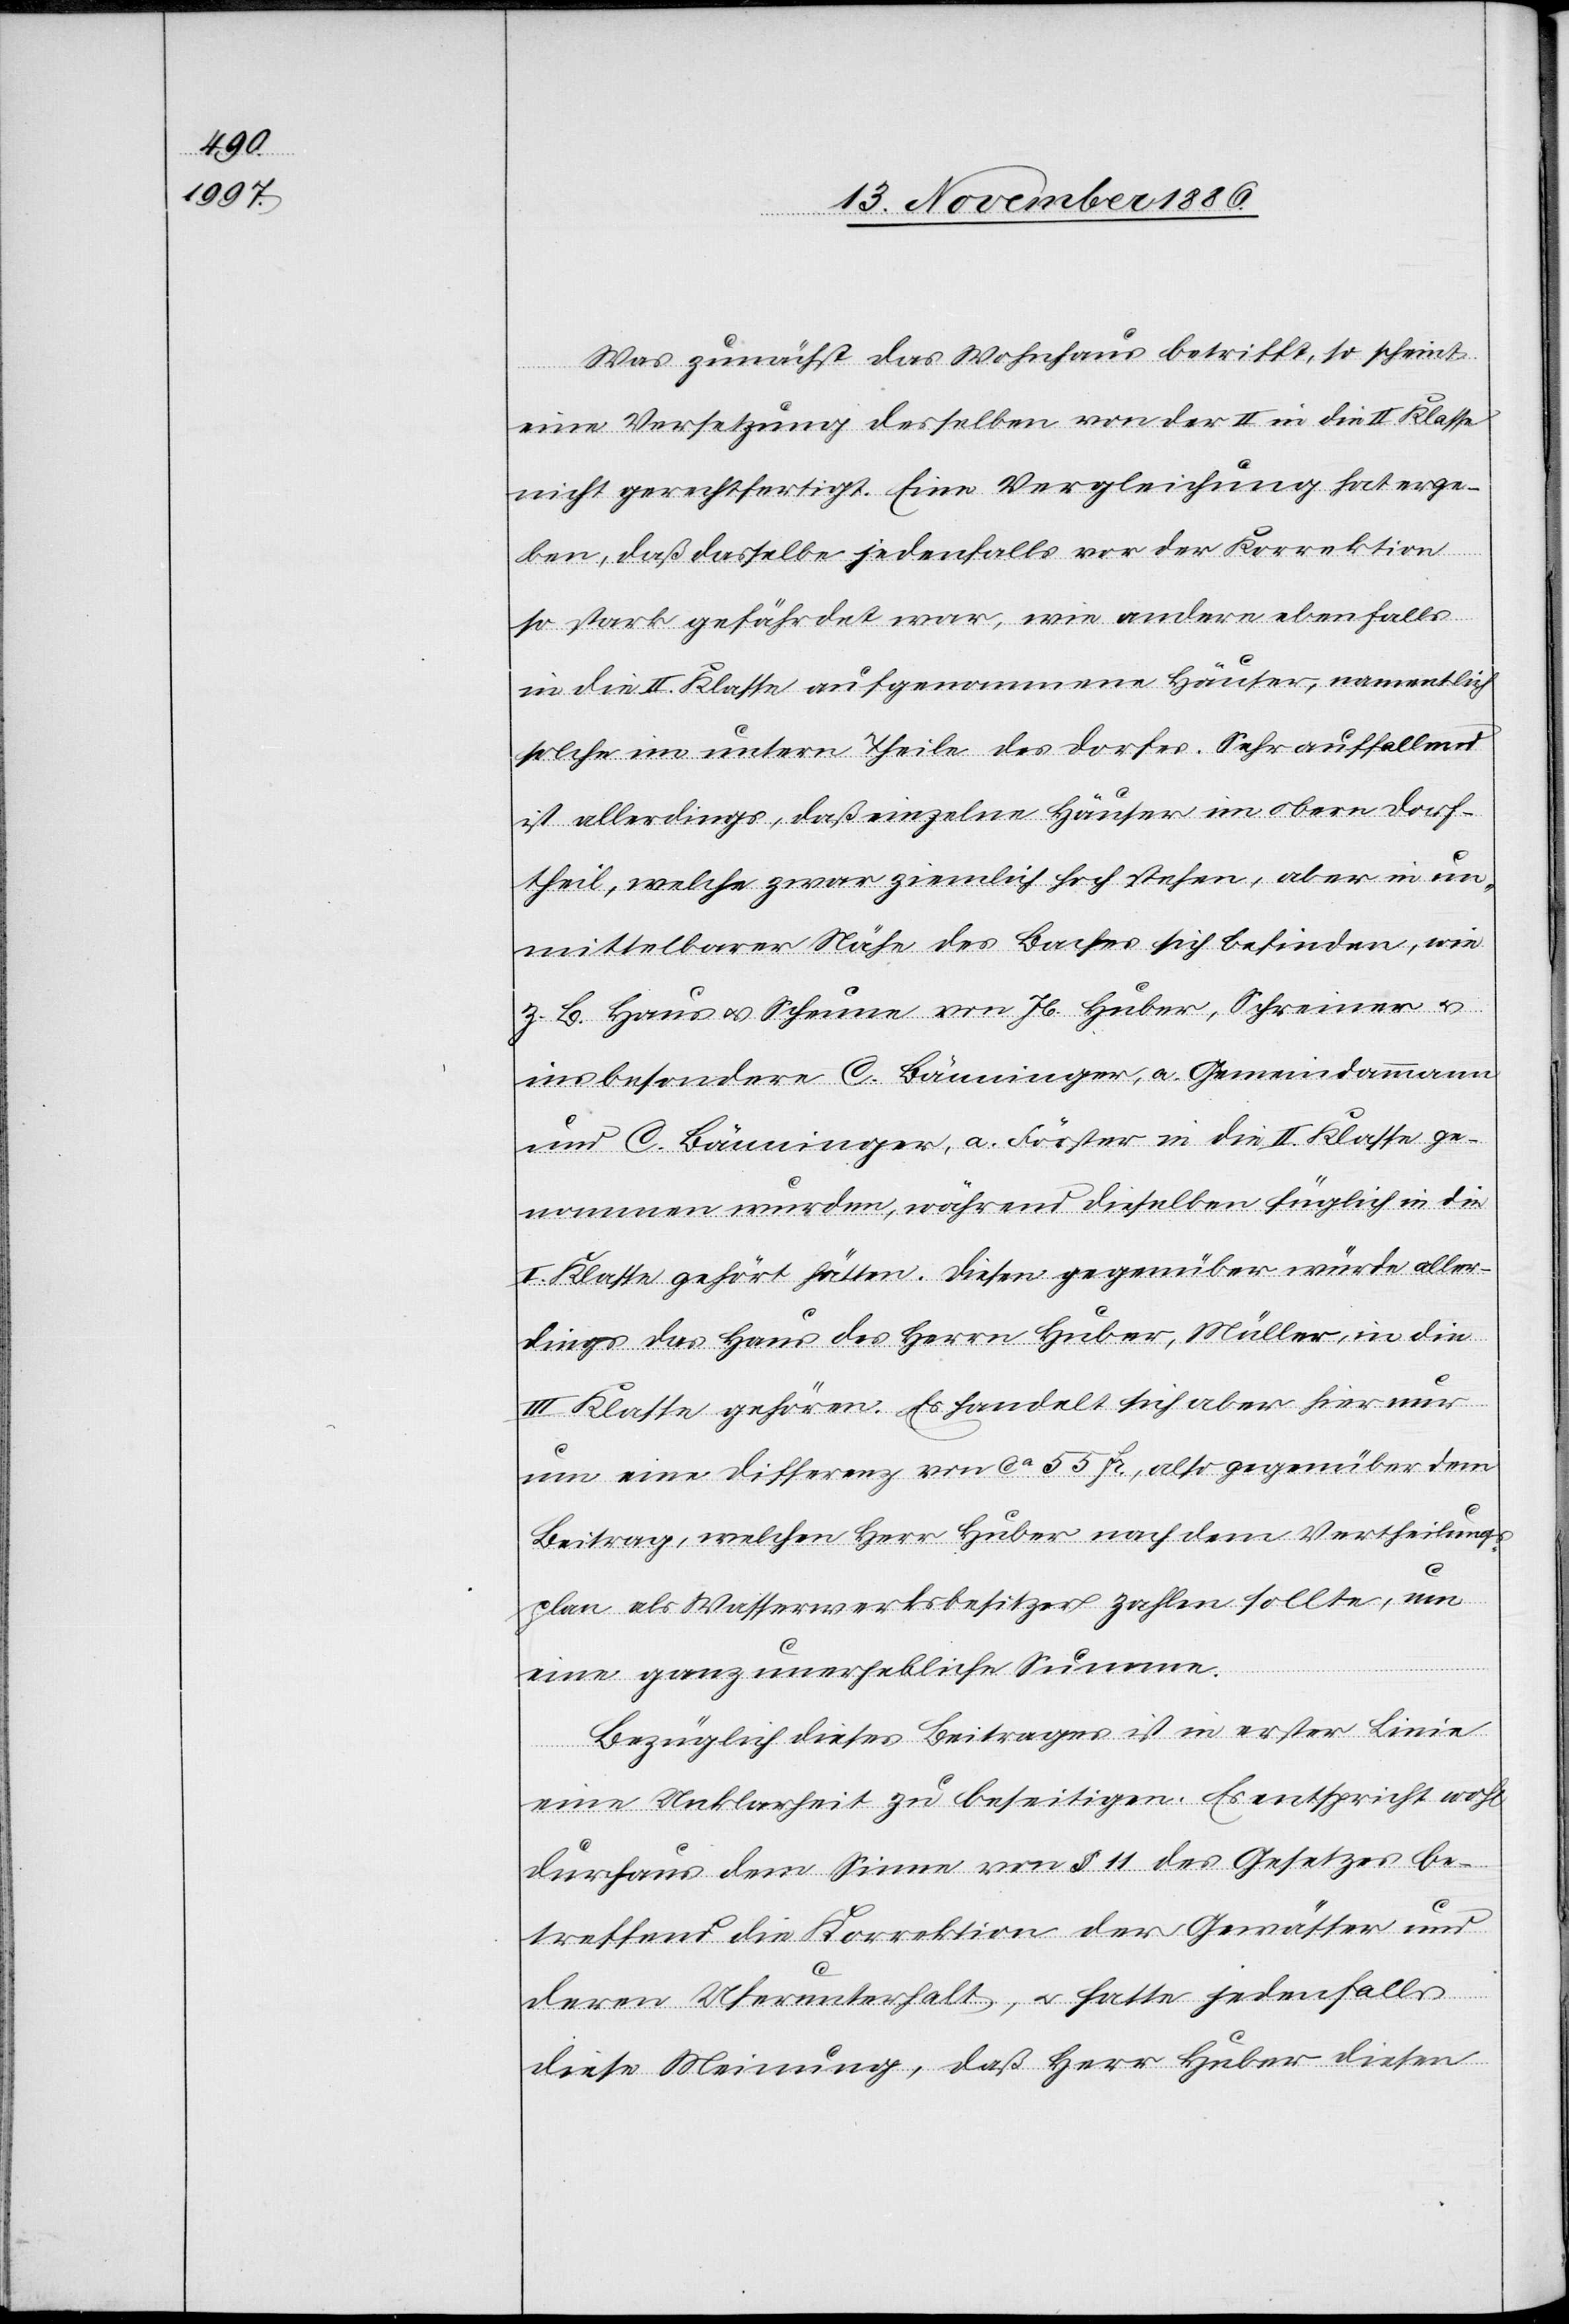
Was zunächst das Wohnhaus betrifft, so scheint
eine Versetzung desselben von der II. in die II. [si¬
nicht gerechtfertigt. Eine Vergleichung hat erge¬
ben, daß dasselbe jedenfalls vor der Korrektion
so stark gefährdet war, wie andere ebenfalls
in die II. Klasse aufgenommene Häuser, namentlich
solche im untern Theile des Dorfes. Sehr auffallend
ist allerdings, daß einzelne Häuser im obern Dorf¬
theil, welche zwar ziemlich hoch stehen, aber in un¬
mittelbarer Nähe des Baches sich befinden, wie
z. B. Haus & Scheune von Jb. Huber, Schreiner &
insbesondere C. Bänninger, a. Gemeindammann
und C. Bänninger, a. Förster in die II. Klasse ge¬
nommen wurden, während dieselben füglich in die
II. Klasse gehört hätten. Diesen gegenüber würde aller¬
dings das Haus des Herrn Huber, Müller, in die
III. Klasse gehören. Es handelt sich aber hier nur
um eine Differenz von ca 55 Fr., also gegenüber dem
Beitrag, welchen Herr Huber nach dem Vertheilungs¬
plan als Wasserwerksbesitzer zahlen sollte, um
eine ganz unerhebliche Summe.
Bezüglich dieses Beitrages ist in erster Linie
eine Unklarheit zu beseitigen. Es entspricht wohl
durchaus dem Sinne von § 11 des Gesetzes be¬
treffend die Korrektion der Gewässer und
Klasse
deren Uferunterhalt, & hatte jedenfalls
diese Meinung, daß Herr Huber diesen